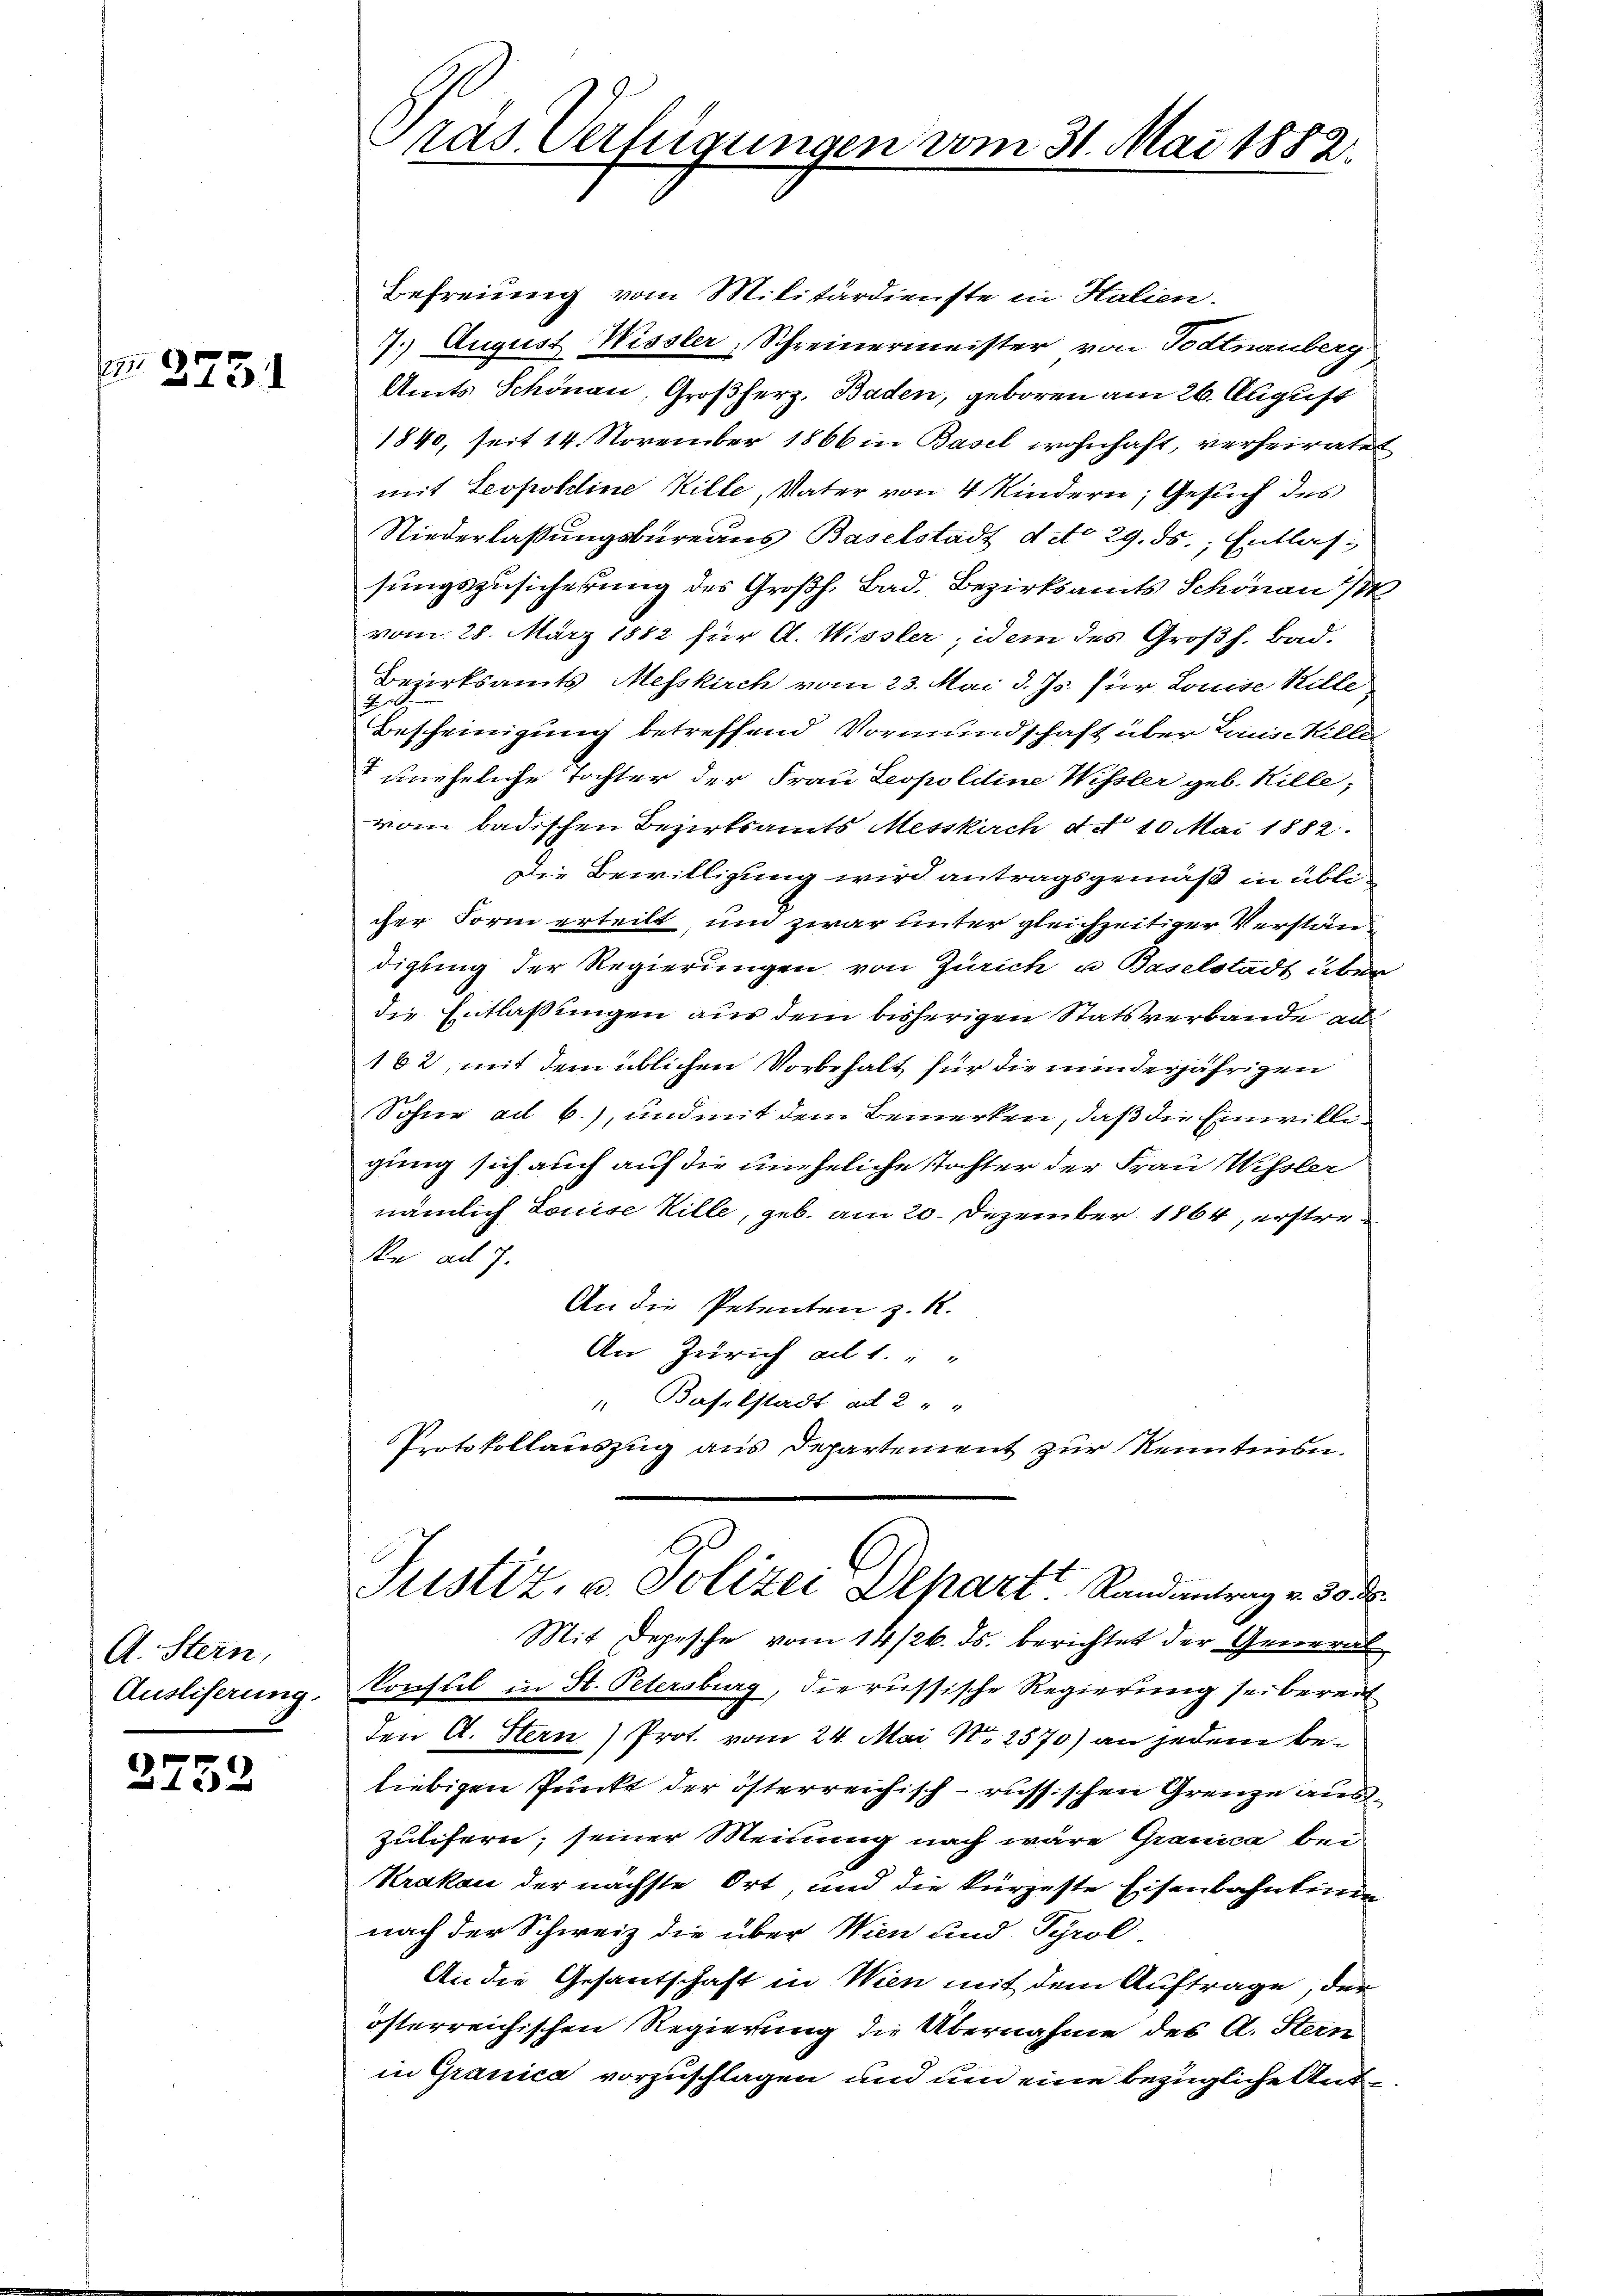
373

A. Stern,
Ausliserung.

2752

Befreiung vom Militärdienste in Stalien.
7.) August Wissler, Schreinermeister von Todtnauberg
Amts Schönau, Großherz, Baden, geboren am 26. August
1840, seit 14. November 1866 in Basel wohnhaft, verheiratet
mit Leopoldine Kille, Vater von 4 Kindern, Gesuch des
Niederlaßungsbureaus Baselstadt ddo 29. ds., Entlassungszusicherung des Großh. Bad. Bezirksamts Schönau
vom 28. März 1882 für A. Wissler, idem des Großh. Bad.
Bezirksamts Messkirch vom 23. Mai d. Js. für Louise Bille
2
Bescheinigung betreffend Vormundschaft über Lauschille
 uneheliche Tochter der Frau Leopoldine Wissler geb. Hille,
vom badischen Bezirksamts Messkirch d. 10 Mai 1882.
Die Bewilligung wird antragsgemäß in üblicher Form erteilt, und zwar unter gleichzeitiger Verständigung der Regierungen von Zürich u Baselstadt über
die Entlaßungen aus dem bisherigen Statsverbande au
162, mit dem üblichen Vorbehalt für die minderjährigen
Sohne ad b.), und mit dem Bemerken, daß die Einwilligung sich auch auf die uneheliche Tochter der Frau Wissler
nämlich Louise Wille, geb. am 20. Dezember 1864, ersten
Re ad 7.
An die Petenten z. R.
An Zürich ad 1. " "
" Baselstadt ad 2 " "
Protokollauszug aus Departement zur Kenntion.

ras Verfügungen vom 31. Mai 1882

Justiz, u. Polizei Depart Randantrag v. 30. ds.
Mit Depesche vom 14/26. ds. berichtet der General

Konsul in St. Petersburg, die russische Regierung sei bereit
den A. Stern) Prot. vom 24. Mai Nr. 2570) an jedem beliebigen Punkt der österreichisch- russischen Grenze aus¬
Zulifern, seiner Meinung nach wäre Granica bei
Krakau der nächste Ort, und die kürzeste Eisenbahntende
nach der Schweiz die über Wien und Pyrol
An die Gesantschaft in Wien mit dem Auftrage, der
österreichischen Regierung die Übernahme des A. Stern
in Granica vorzuschlagen und um eine bezügliche Ant¬